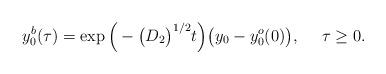
LaTeX: \begin{align*} y_{0}^{b}(\tau)=\exp\Big(-\big(D_{2}\big)^{1/2}t\Big)\big(y_{0}-y_{0}^{o}(0)\big),\ \ \ \ \tau\ge 0.\end{align*}